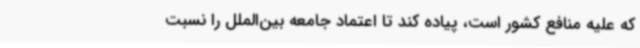
که علیه منافع کشور است، پیاده کند تا اعتماد جامعه بین‌الملل را نسبت